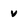
Character: v